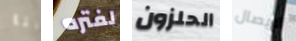
انا لفتره الحلزون الإيصال